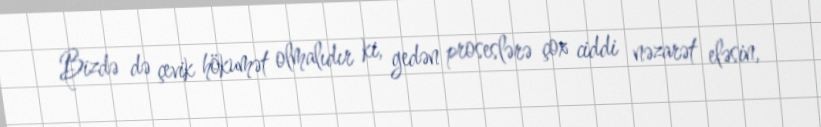
Bizdə də çevik hökumət olmalıdır ki, gedən proseslərə çox ciddi nəzarət eləsin,